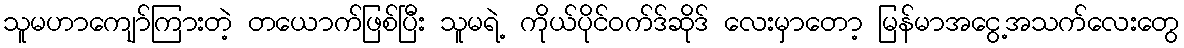
သူမဟာကျော်ကြားတဲ့ တယောက်ဖြစ်ပြီး သူမရဲ့ ကိုယ်ပိုင်ဝက်ဒ်ဆိုဒ် လေးမှာတော့ မြန်မာအငွေ့အသက်လေးတွေ